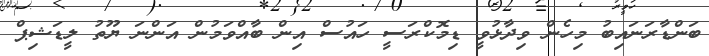
ބަންޑާރަނައިބު މިހެން ވިދާޅުވީ ޑިމޮކްރަސީ ހައުސް އިން ބާއްވަމުން އަންނަ ޔޫތު ލީޑަޝިޕް